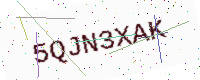
Text: 5QJN3XAK